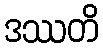
ဒဿတိ